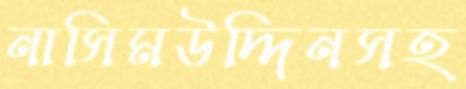
নাসিমউদ্দিনসহ